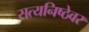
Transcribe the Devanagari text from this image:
सत्यनिष्ठेवर